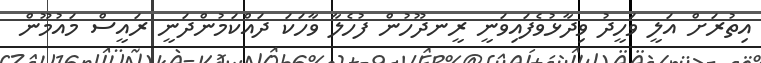
އިތުރަށް އަލީ ވަހީދު ވިދާޅުވެފައިވަނީ ރީނދޫހުން ފުހެލާ ވާހަކަ ދައްކަމުންދަނީ ރައީސް މައުމޫން